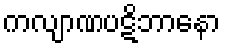
ကလျာဏပဋိဘာနော